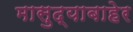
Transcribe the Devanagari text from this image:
मासुद्याबाहेर